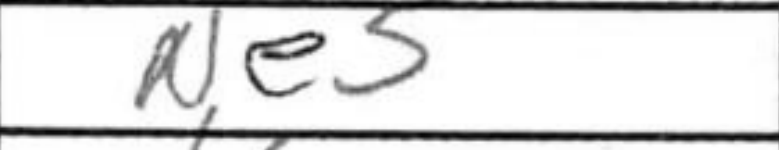
Transcription: Ne5